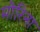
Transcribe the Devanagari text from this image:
मोरिना